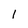
Character: 1